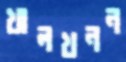
খালখনন